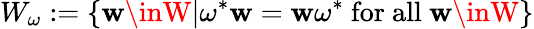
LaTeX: W_{\omega}:=\{ \mathbf{w}\inW|\omega^{*}\mathbf{w}=\mathbf{w}\omega^{*}\mathrm{{~for~all~}}\mathbf{w}\inW\}